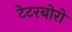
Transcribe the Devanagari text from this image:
टेटरबोरो